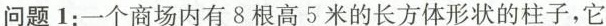
问题1：一个商场内有8根高5米的长方体形状的柱子，它